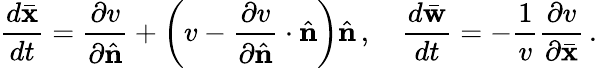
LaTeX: \frac{d\bar{\mathbf x}}{dt}=\frac{\partial v}{\partial\hat{\mathbf n}}+\left(v-\frac{\partial v}{\partial\hat{\mathbf n}}\cdot\hat{\mathbf n}\right)\hat{\mathbf n}\, ,\quad\frac{d\bar{\mathbf w}}{dt}=-\frac{1}{v}\frac{\partial v}{\partial\bar{\mathbf x}}\, .